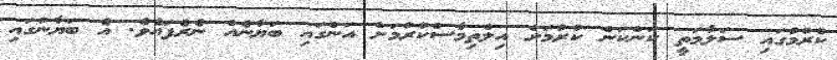
ކުރުމުގައި ސަލާމަތީ ކަންކަން ކުރުމަށް އިލްތިމާސްކުރުމަށް އަންގައި ބަޔާނެއް ނެރެފައެވެ. އެ ބަޔާނުގައި